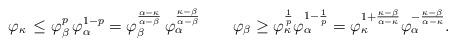
LaTeX: \begin{align*}\varphi_\kappa\,\le\varphi_\beta^p\,\varphi_\alpha^{1-p}=\varphi_\beta^{\frac{\alpha-\kappa}{\alpha-\beta}}\,\varphi_\alpha^{\frac{\kappa-\beta}{\alpha-\beta}}\qquad \varphi_\beta\ge \varphi_\kappa^{\frac{1}{p}}\varphi_\alpha^{1-\frac{1}{p}} =\varphi_\kappa^{1+\frac{\kappa-\beta}{\alpha-\kappa}} \varphi_\alpha^{-\frac{\kappa-\beta}{\alpha-\kappa}}.\end{align*}